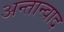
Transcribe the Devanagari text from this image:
अन्तान्वाद